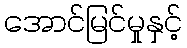
အောင်မြင်မှုနှင့်